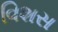
વિશસ